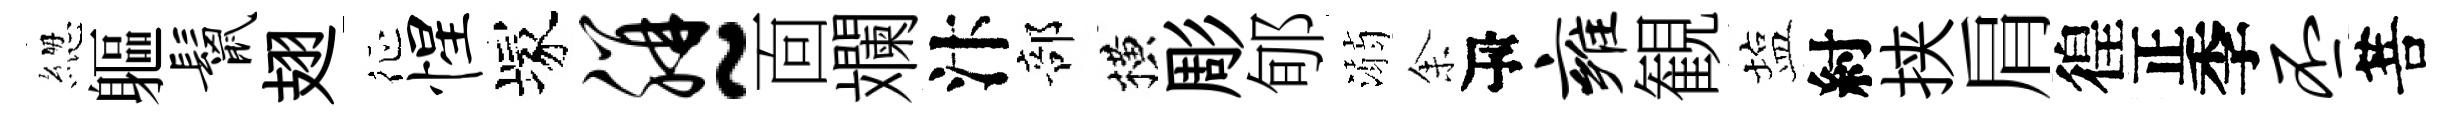
緫軀鬣翅征惺塚胼~靣斕汴部横彫郇溺𪜬瓴雍観塩紂挟肩徨正季丕菩